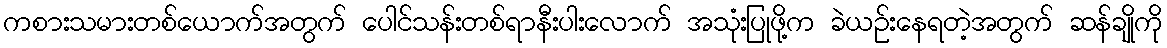
ကစားသမားတစ်ယောက်အတွက် ပေါင်သန်းတစ်ရာနီးပါးလောက် အသုံးပြုဖို့က ခဲယဉ်းနေရတဲ့အတွက် ဆန်ချိုကို